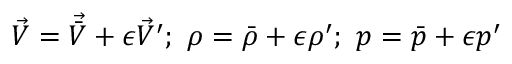
\vec { V } = \vec { \bar { V } } + \epsilon \vec { V } ^ { \prime } ; ~ \rho = \bar { \rho } + \epsilon \rho ^ { \prime } ; ~ p = \bar { p } + \epsilon p ^ { \prime }